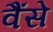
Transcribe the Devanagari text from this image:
वैंसे